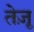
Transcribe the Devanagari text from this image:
तेज़ू